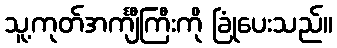
သူ့ကုတ်အင်္ကျီကြီးကို ခြုံပေးသည်။